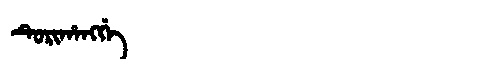
Manchu: ᡨᡠᡵᡳᡥᠠᠩᡤᡝ
Romanization: TURIHANGGE